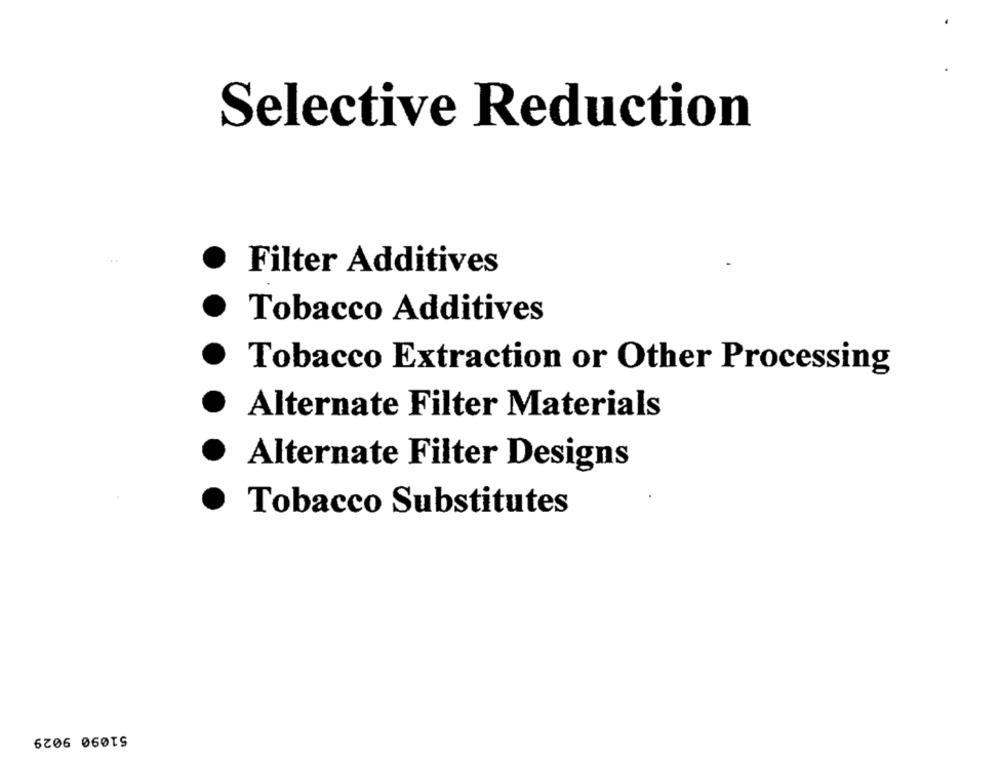
Selective Reduction
..
Filter Additives
Tobacco Additives
Tobacco Extraction or Other Processing
Alternate Filter Materials
Alternate Filter Designs
Tobacco Substitutes
51090 9029